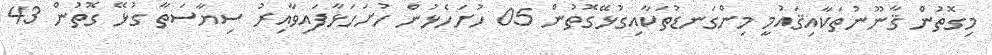
މިގޮތުން ޤާނޫނުތަކާއިޤައުމީ މިންގަނޑުތަކާއިގުޅޭގޮތުން 05 ހުށަހެޅުން ހުށަހަޅާފައިވާއިރު ސިޔާސަތާ ގުޅޭ ގޮތުން 43